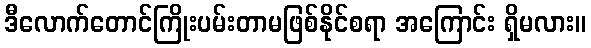
ဒီလောက်တောင်ကြိုးပမ်းတာမဖြစ်နိုင်စရာ အကြောင်း ရှိမလား။